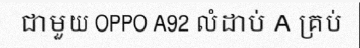
ជាមួយ OPPO A92 លំដាប់ A គ្រប់